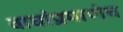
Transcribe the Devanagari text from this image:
वाघांप्रमाणेच